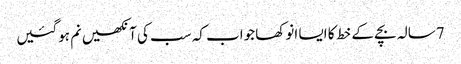
7سالہ بچے کے خط کا ایسا انوکھا جواب کہ سب کی آنکھیں نم ہوگئیں